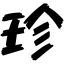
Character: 珍